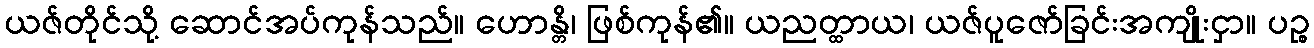
ယဇ်တိုင်သို့ ဆောင်အပ်ကုန်သည်။ ဟောန္တိ၊ ဖြစ်ကုန်၏။ ယညတ္ထာယ၊ ယဇ်ပူဇော်ခြင်းအကျိုးငှာ။ ပဉ္စ